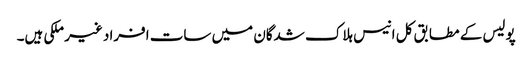
پولیس کے مطابق کل انیس ہلاک شدگان میں سات افراد غیر ملکی ہیں۔